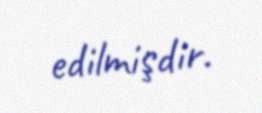
edilmişdir.